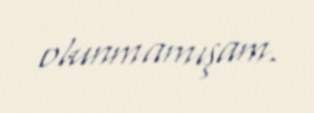
olunmamışam.